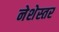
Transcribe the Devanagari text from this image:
नेशेस्तर